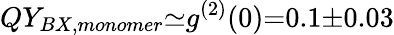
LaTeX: QY_{BX,monomer}{\simeq}g^{(2)}(0){=}0.1{\pm}0.03